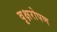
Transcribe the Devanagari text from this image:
वृक्षरोपण